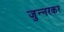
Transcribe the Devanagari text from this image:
जुन्‍नरकर